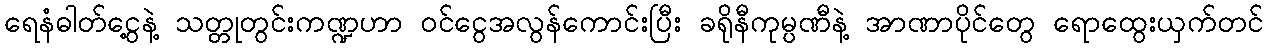
ရေနံဓါတ်ငွေ့နဲ့ သတ္တုတွင်းကဏ္ဍဟာ ဝင်ငွေအလွန်ကောင်းပြီး ခရိုနီကုမ္ပဏီနဲ့ အာဏာပိုင်တွေ ရောထွေးယှက်တင်